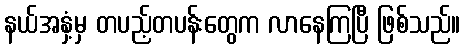
နယ်အနှံ့မှ တပည့်တပန်းတွေက လာနေကြပြီ ဖြစ်သည်။